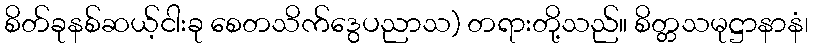
စိတ်ခုနစ်ဆယ့်ငါးခု စေတသိက်ဒွေပညာသ) တရားတို့သည်။ စိတ္တသမုဋ္ဌာနာနံ၊